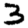
Digit: 3